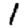
Digit: 1